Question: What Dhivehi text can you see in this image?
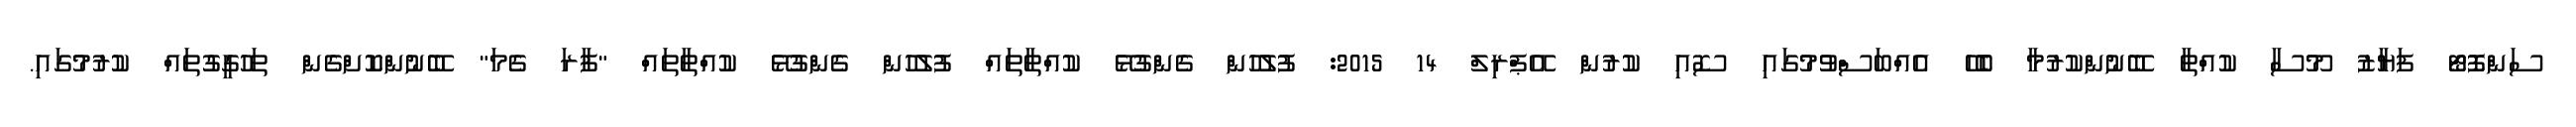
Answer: ސަންފޮޓޯ ފަޔާޒު މޫސާ ކުއްތާ ބޭނުންކުރުމާ ބެހޭ އެއްބަސްވުމުގައި ސޮއި ކުރުން އޭޕްރިލް 14 2015: ފުލުހުން ގެންގުޅޭ ކުއްތާތައް ފުލުހުން ގެންގުޅޭ ކުއްތާތައް "ފާރަ ގެމަ" ބޭނުންކޮށްގެން ތަހުގީގުތައް ކުރުމުގައި.